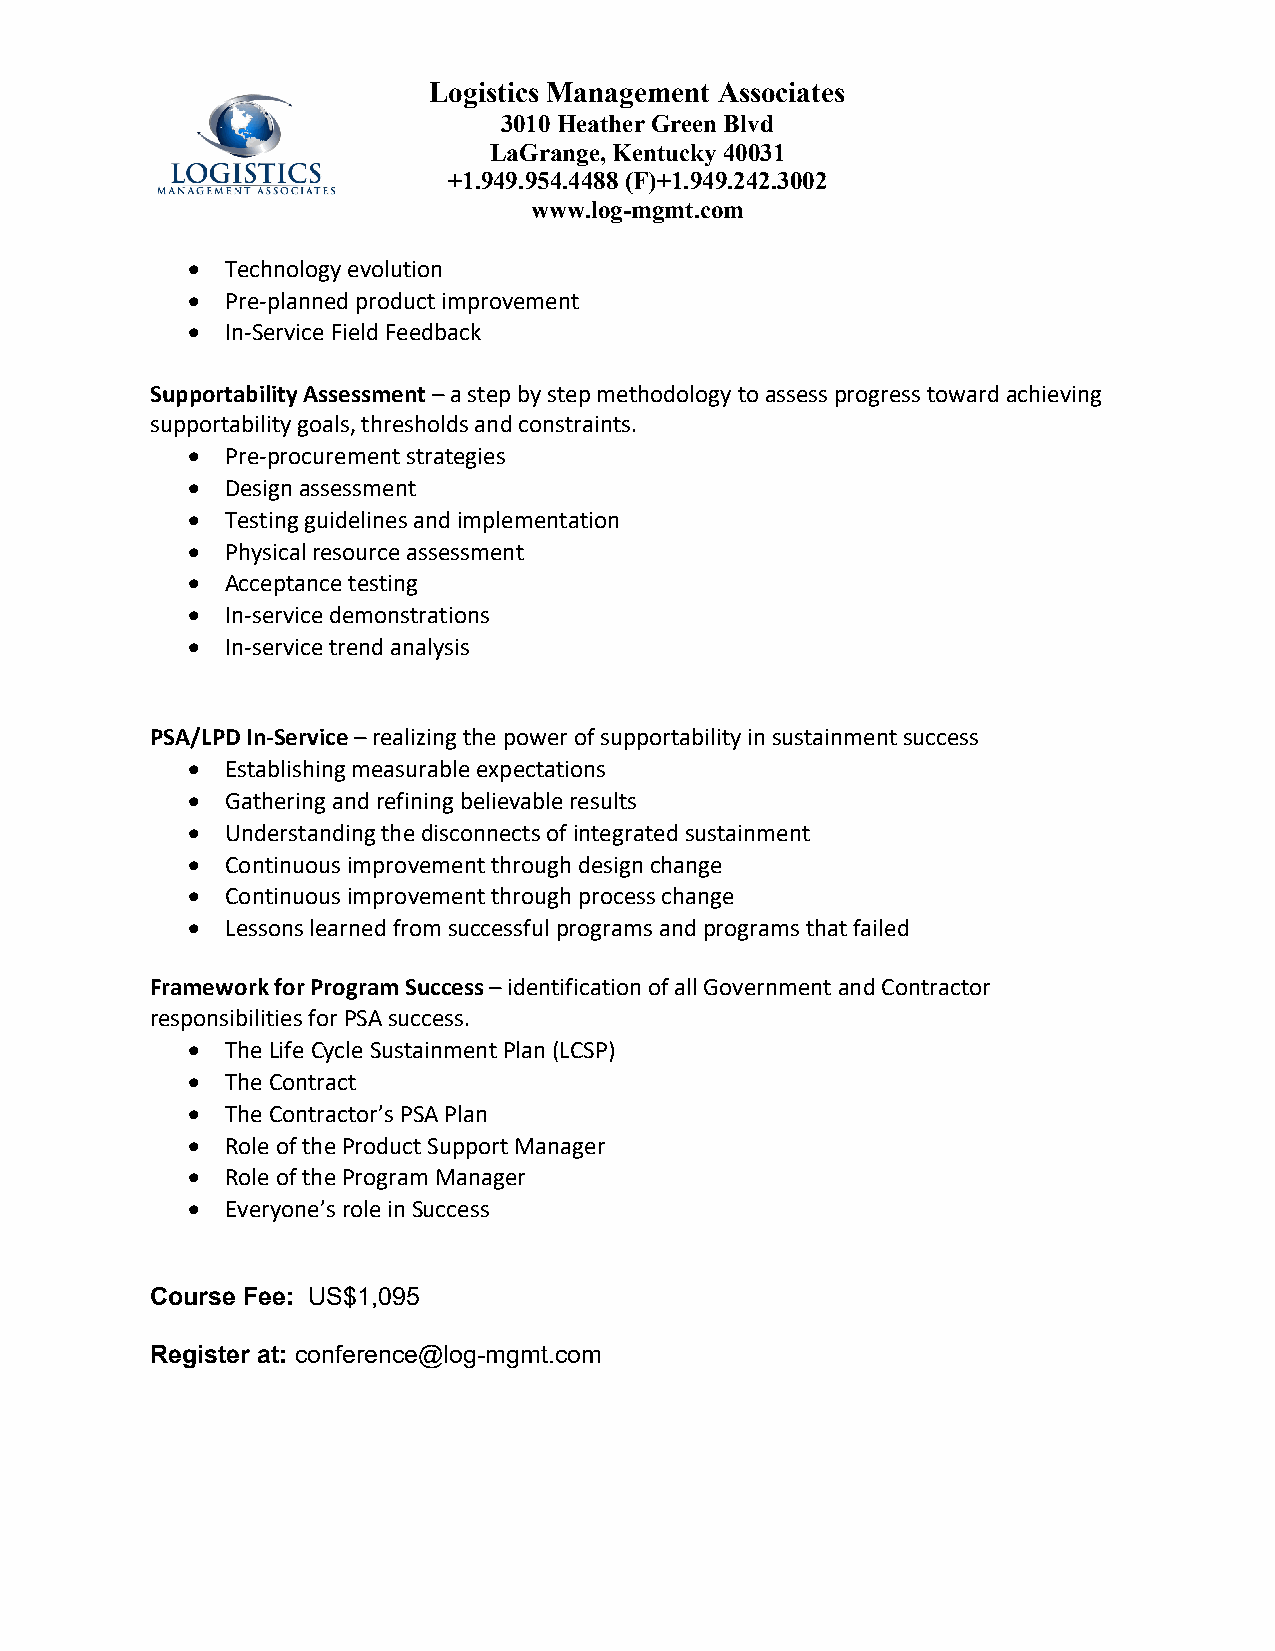
Logistics Management Associates
 3010 Heather Green Blvd
 LaGrange, Kentucky 40031
 +1.949.954.4488 (F)+1.949.242.3002
 www.log-mgmt.com
   Technology evolution
   Pre‐planned product improvement
   In‐Service Field Feedback
 Supportability Assessment – a step by step methodology to assess progress toward achieving
 supportability goals, thresholds and constraints.
   Pre‐procurement strategies
   Design assessment
   Testing guidelines and implementation
   Physical resource assessment
   Acceptance testing
   In‐service demonstrations
   In‐service trend analysis
 PSA/LPD In‐Service – realizing the power of supportability in sustainment success
   Establishing measurable expectations
   Gathering and refining believable results
   Understanding the disconnects of integrated sustainment
   Continuous improvement through design change
   Continuous improvement through process change
   Lessons learned from successful programs and programs that failed
 Framework for Program Success – identification of all Government and Contractor
 responsibilities for PSA success.
   The Life Cycle Sustainment Plan (LCSP)
   The Contract
   The Contractor’s PSA Plan
   Role of the Product Support Manager
   Role of the Program Manager
   Everyone’s role in Success
 Course Fee: US$1,095
 Register at: conference@log-mgmt.com